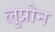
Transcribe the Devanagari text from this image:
लुप्रोन